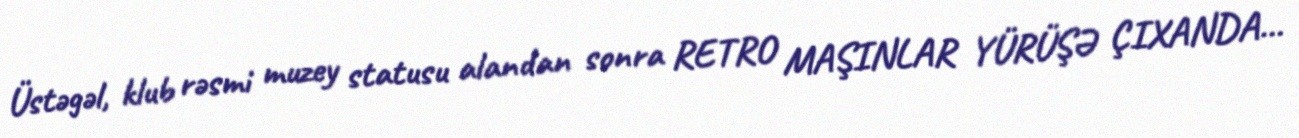
Üstəgəl, klub rəsmi muzey statusu alandan sonra RETRO MAŞINLAR YÜRÜŞƏ ÇIXANDA…